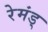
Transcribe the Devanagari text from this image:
रेमंड्